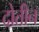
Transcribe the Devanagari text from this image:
दोतीन